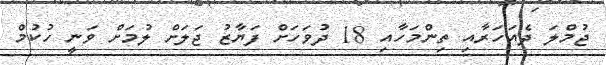
ޖުމްލަ ދެއަހަރާއި ތިންމަހާއި 18 ދުވަހަށް ފަޔާޒު ޖަލަށް ލުމަށް ވަނީ ހުކުމް